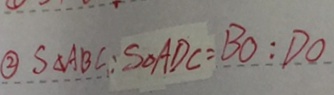
\textcircled { 2 } S _ { \Delta } A B C : S _ { \Delta } A D C = B O : D O